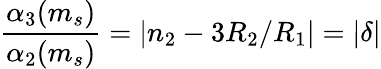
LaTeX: \frac{\alpha_{3}(m_{s})}{\alpha_{2}(m_{s})}=|n_{2}-3R_{2}/R_{1}|=|\delta|